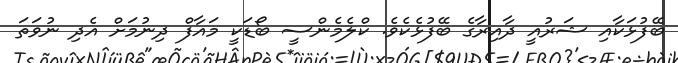
ބޭފުޅަކާއި ޝަރުއީ ދާއިރާގެ ބޭފުޅެކެވެ. ކްލެމެންސީ ބޯޑަކީ މައާފް ދިނުމަށް އެދި ނުވަތަ